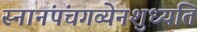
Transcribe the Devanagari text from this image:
स्नानंपंचगव्येनशुध्यति